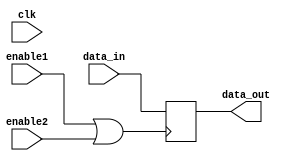
module clock_gated_memory (
    input wire clk,          // System clock
    input wire enable1,     // Enable signal 1
    input wire enable2,     // Enable signal 2
    input wire [7:0] data_in, // Data input
    output reg [7:0] data_out // Data output
);

// Internal signal for gated clock
wire gated_clk;

// OR gate to combine enable signals
assign gated_clk = enable1 | enable2;

// Memory block (simple register)
always @(posedge gated_clk) begin
    data_out <= data_in; // Store data on the rising edge of gated clock
end

endmodule